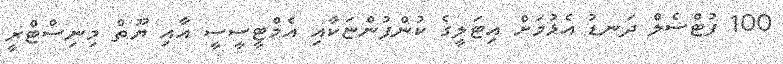
100 ފުޓްސެލް ދަނޑު އެޅުމަށް އިޓަލީގެ ކުންފުންޏަކާއި އެމްޓީސީސީ އާއި ޔޫތް މިނިސްޓްރީ